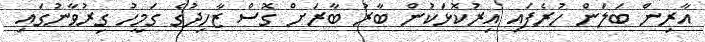
އާރިން ބަލަން ހުރެފައި އިރުކޮޅަކުން ބާރު ބާރަށް ގޮސް ޒާހިދުގެ ގަމީހު ގިރުވާނުގައި